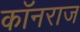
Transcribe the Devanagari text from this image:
कॉनराज